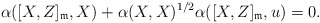
\begin{align*}\alpha([X,Z]_\mathfrak{m},X)+\alpha(X,X)^{1/2}\alpha([X,Z]_\mathfrak{m},u)=0.\end{align*}